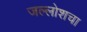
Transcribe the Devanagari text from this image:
जल्लोशचा